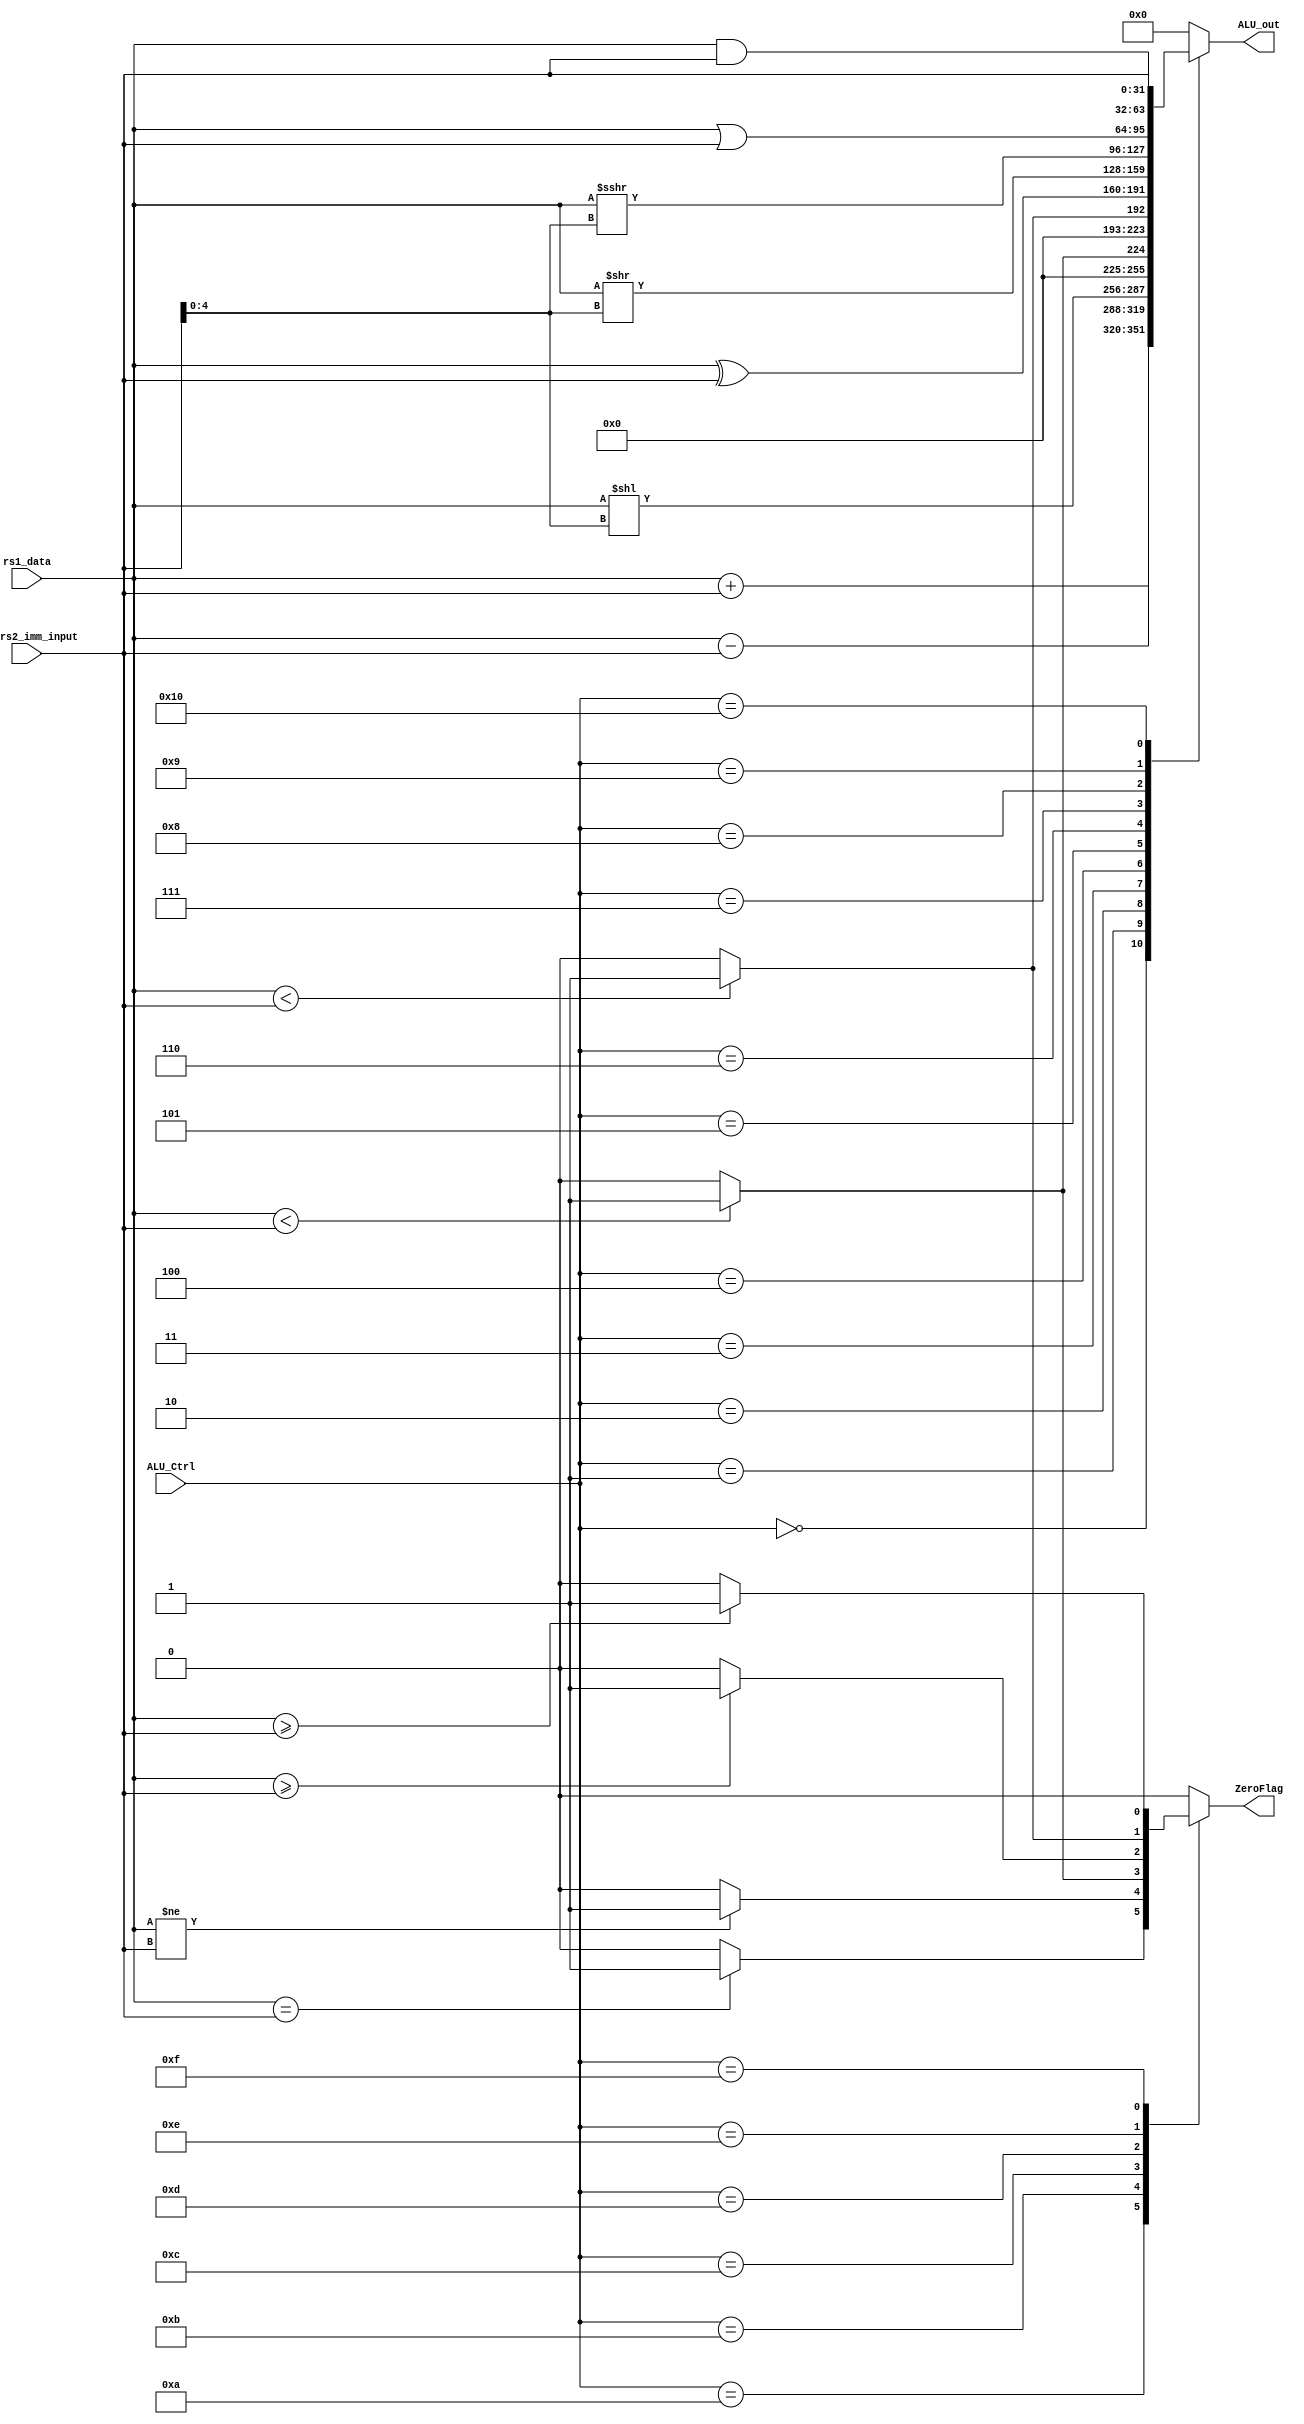


module ALU(
    input      [31:0]   rs1_data,
    input      [31:0]   ALU_rs2_imm_input,
    input      [4:0]    ALU_Ctrl,
    output reg          ZeroFlag,
    output reg [31:0]   ALU_out
        );
// parameter for ALU_Ctrl 
parameter [4:0] ALU_ADD = 5'b00000,
                ALU_SUB = 5'b00001,
                ALU_SLL = 5'b00010,
                ALU_SLT = 5'b00011,
                ALU_SLTU= 5'b00100,
                ALU_XOR = 5'b00101,
                ALU_SRL = 5'b00110,
                ALU_SRA = 5'b00111,
                ALU_OR  = 5'b01000,
                ALU_AND = 5'b01001,
                ALU_BEQ = 5'b01010,
                ALU_BNE = 5'b01011,
                ALU_BLT = 5'b01100,
                ALU_BGE = 5'b01101,
                ALU_BLTU= 5'b01110,
                ALU_BGEU= 5'b01111,
                ALU_LUI = 5'b10000;
                
                
always @(*) begin
    ZeroFlag = 1'b0;
    ALU_out = 32'b0;
    case(ALU_Ctrl)
        ALU_ADD:    ALU_out = rs1_data + ALU_rs2_imm_input ;
        ALU_SUB:    ALU_out = rs1_data - ALU_rs2_imm_input ;
        ALU_SLL:    ALU_out = rs1_data << ALU_rs2_imm_input[4:0];
        ALU_SLT:    ALU_out = ($signed(rs1_data)<$signed(ALU_rs2_imm_input)) ? 1'b1 : 1'b0;
        ALU_SLTU:   ALU_out = rs1_data< ALU_rs2_imm_input ? 1'b1 : 1'b0;
        ALU_XOR:    ALU_out = rs1_data^ALU_rs2_imm_input;
        ALU_SRL:    ALU_out = rs1_data>>ALU_rs2_imm_input[4:0];
        ALU_SRA:    ALU_out = $signed(rs1_data)>>>$signed(ALU_rs2_imm_input[4:0]);
        ALU_OR:     ALU_out = rs1_data|ALU_rs2_imm_input;
        ALU_AND:    ALU_out = rs1_data&ALU_rs2_imm_input;
        ALU_BEQ:    ZeroFlag = (rs1_data == ALU_rs2_imm_input) ? 1'b1 : 1'b0;
        ALU_BNE:    ZeroFlag = (rs1_data != ALU_rs2_imm_input) ? 1'b1 : 1'b0;
        ALU_BLT:    ZeroFlag = ($signed(rs1_data) < $signed(ALU_rs2_imm_input)) ? 1'b1 : 1'b0;
        ALU_BGE:    ZeroFlag = ($signed(rs1_data) >= $signed(ALU_rs2_imm_input)) ? 1'b1 : 1'b0;
        ALU_BLTU:   ZeroFlag = (rs1_data < ALU_rs2_imm_input) ? 1'b1  : 1'b0;
        ALU_BGEU:   ZeroFlag = (rs1_data >= ALU_rs2_imm_input) ? 1'b1  : 1'b0;
        ALU_LUI:    ALU_out = ALU_rs2_imm_input;
        default:ALU_out=32'b0;
    endcase

end

endmodule